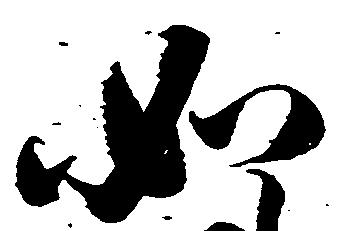
如